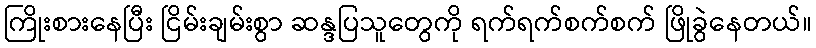
ကြိုးစားနေပြီး ငြိမ်းချမ်းစွာ ဆန္ဒပြသူတွေကို ရက်ရက်စက်စက် ဖြိုခွဲနေတယ်။